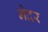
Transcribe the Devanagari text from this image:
नेदर